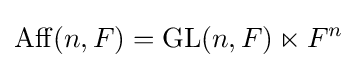
\operatorname {Aff} (n,F)=\operatorname {GL} (n,F)\ltimes F^{n}